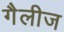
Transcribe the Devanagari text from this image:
गैलीज